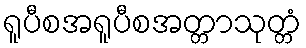
ရူပီစအရူပီစအတ္တာသုတ္တံ